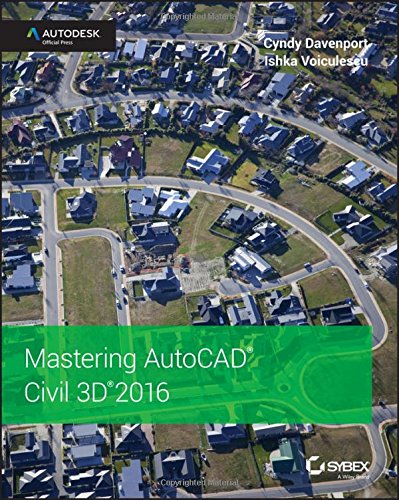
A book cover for Mastering AutoCAD Civil 3D 2016: Autodesk Official Press; Cyndy Davenport; Engineering & Transportation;